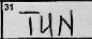
Transcription: TUN